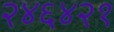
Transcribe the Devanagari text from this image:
२४६४२१